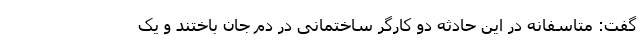
گفت: متاسفانه در این حادثه دو کارگر ساختمانی در دم جان باختند و یک